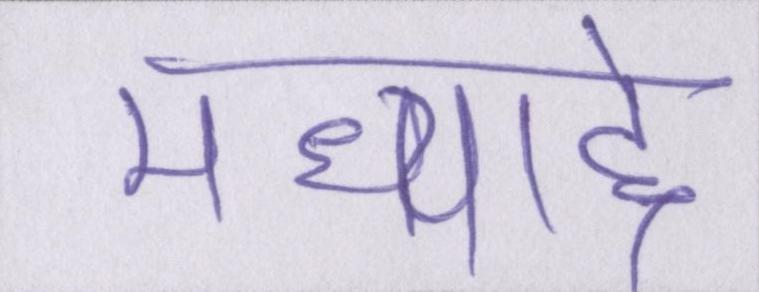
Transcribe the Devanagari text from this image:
मध्याद्दे